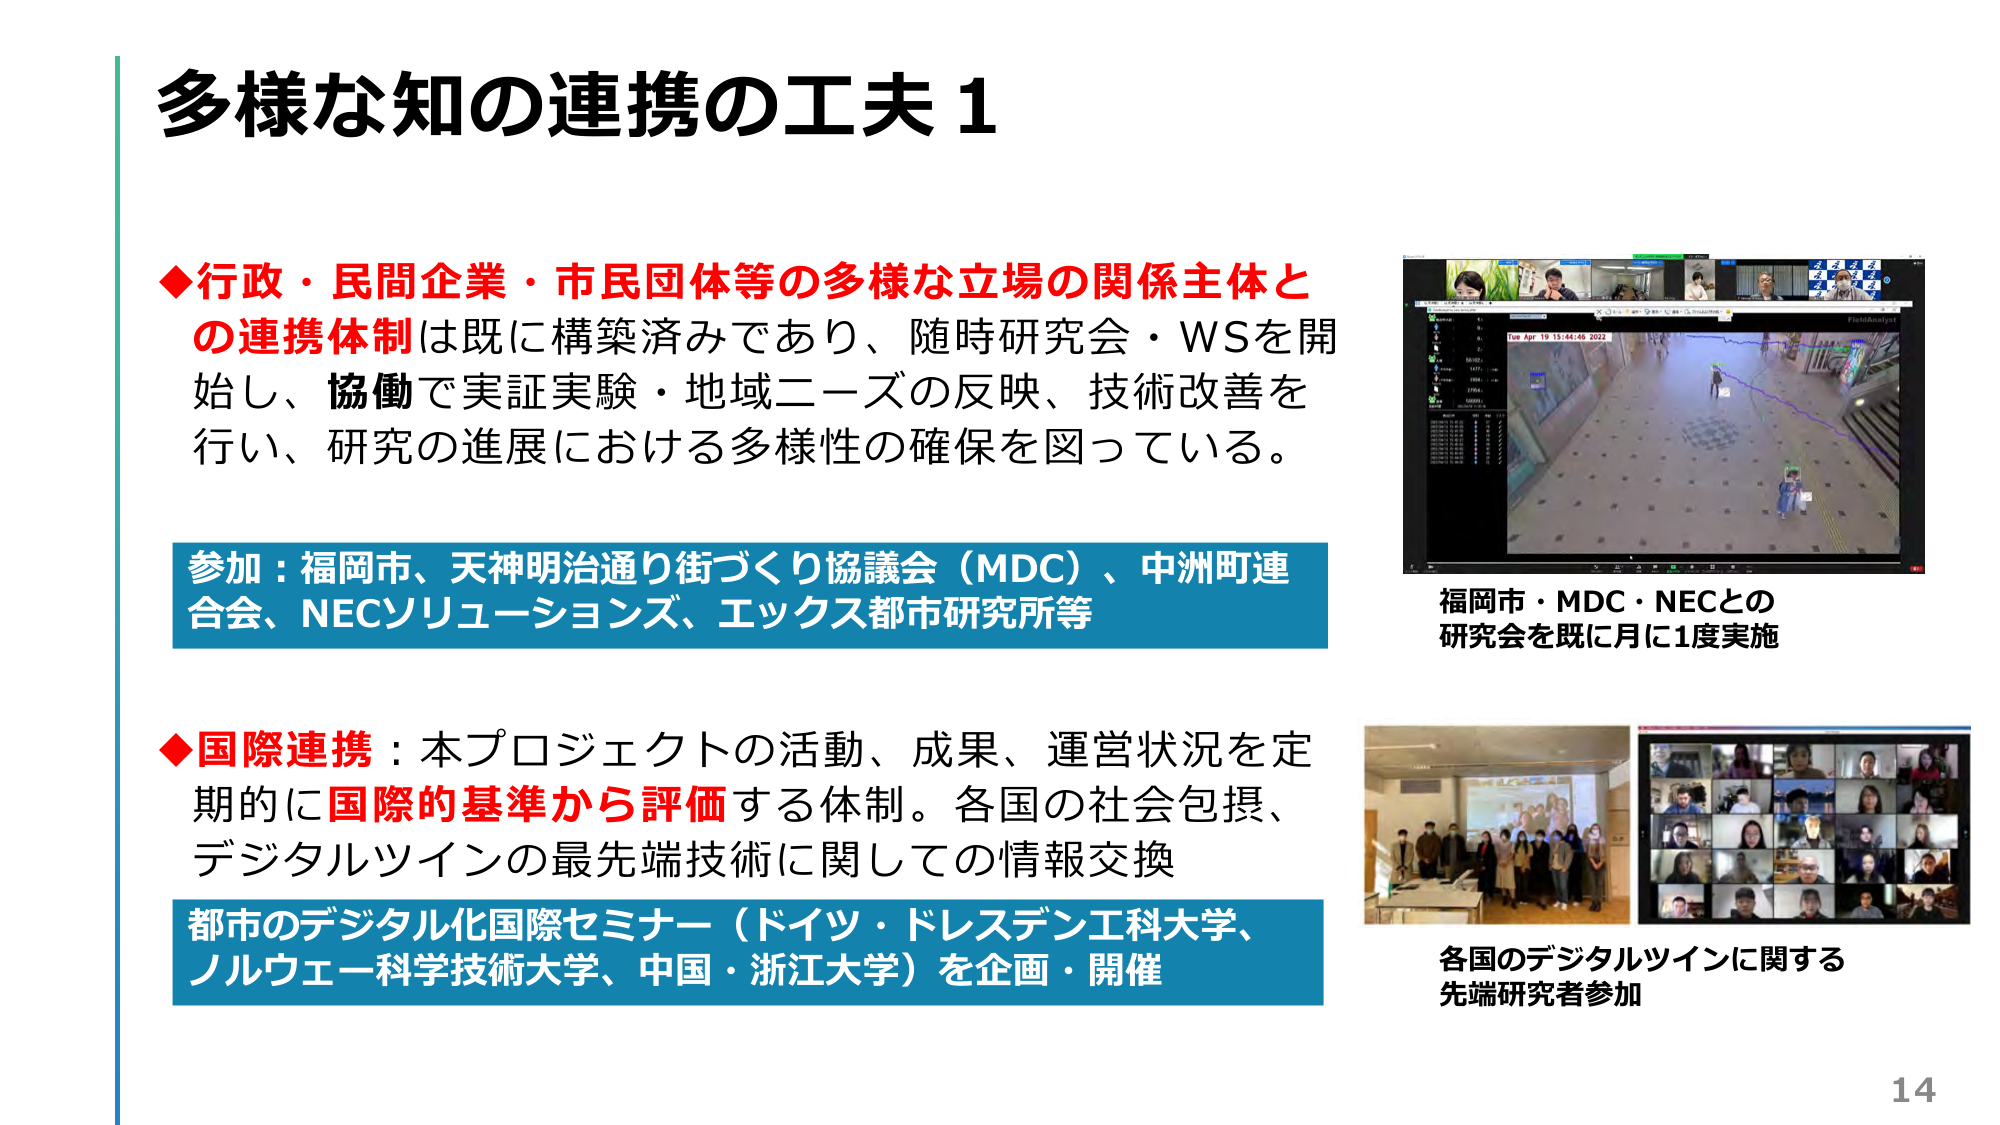
多様な知の連携の工夫 1

◆行政・民間企業・市民団体等の多様な立場の関係主体と
の連携体制は既に構築済みであり、随時研究会・WSを開始し、協働で実証実験・地域ニーズの反映、技術改善を行い、研究の進展における多様性の確保を図っている。

参加：福岡市、天神明治通り街づくり協議会（MDC）、中洲町連合会、NECソリューションズ、エックス都市研究所等

◆国際連携：本プロジェクトの活動、成果、運営状況を定期的に国際的基準から評価する体制。各国の社会包摂、デジタルツインの最先端技術に関しての情報交換

都市のデジタル化国際セミナー（ドイツ・ドレステン工科大学、ノルウェー科学技術大学、中国・浙江大学）を企画・開催

福岡市・MDC・NECとの
研究会を既に月に1度実施

各国のデジタルツインに関する
先端研究者参加

14